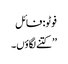
فوٹو: فائل
’’کتنے لگاؤں۔